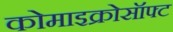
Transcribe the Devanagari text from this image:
कोमाइक्रोसॉफ्ट